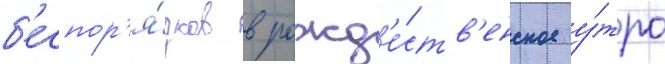
б'еспор'я́дков в рожд'е́ств'енское у́тро